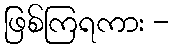
ဖြစ်ကြရကား -